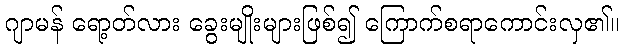
ဂျာမန် ရော့တ်လား ခွေးမျိုးများဖြစ်၍ ကြောက်စရာကောင်းလှ၏။